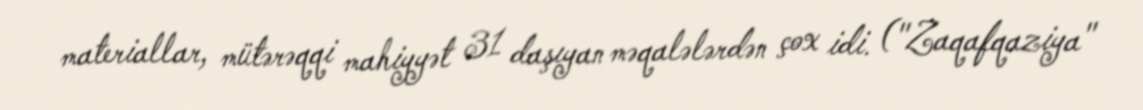
materiallar, mütərəqqi mahiyyət 31 daşıyan məqalələrdən çox idi. ("Zaqafqaziya"